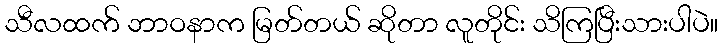
သီလထက် ဘာဝနာက မြတ်တယ် ဆိုတာ လူတိုင်း သိကြပြီးသားပါပဲ။